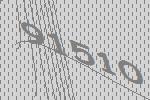
91510